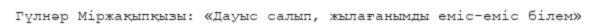
Гүлнәр Міржақыпқызы: «Дауыс салып, жылағанымды еміс-еміс білем»